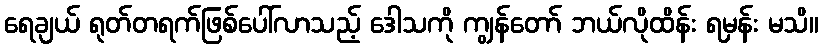
ရေချယ် ရုတ်တရက်ဖြစ်ပေါ်လာသည့် ဒေါသကို ကျွန်တော် ဘယ်လိုထိန်း ရမှန်း မသိ။